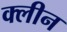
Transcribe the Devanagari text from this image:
क्‍लीन